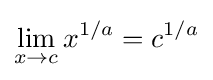
\lim _{x\to c}x^{1/a}=c^{1/a}